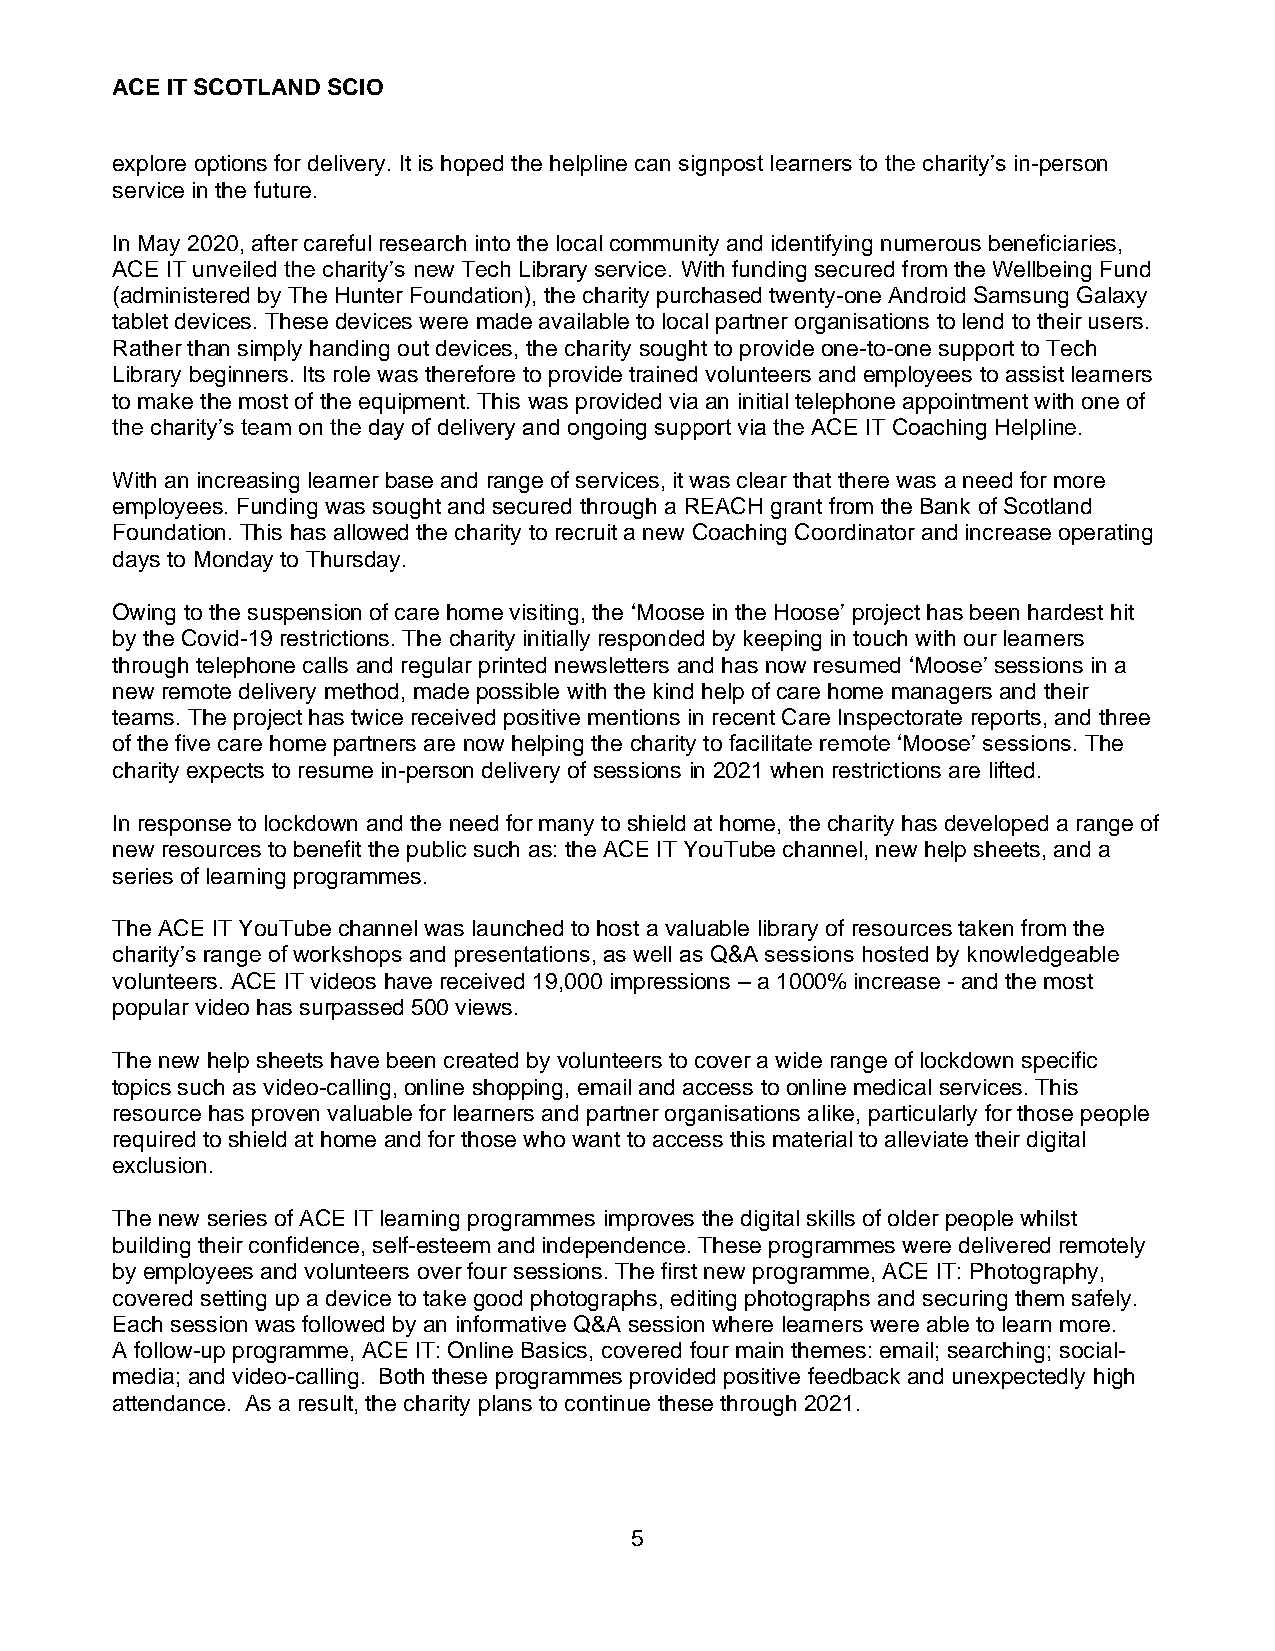
ACE IT SCOTLAND SCIO
 explore options for delivery. It is hoped the helpline can signpost learners to the charity’s in-person
 service in the future.
 In May 2020, after careful research into the local community and identifying numerous beneficiaries,
 ACE IT unveiled the charity’s new Tech Library service. With funding secured from the Wellbeing Fund
 (administered by The Hunter Foundation), the charity purchased twenty-one Android Samsung Galaxy
 tablet devices. These devices were made available to local partner organisations to lend to their users.
 Rather than simply handing out devices, the charity sought to provide one-to-one support to Tech
 Library beginners. Its role was therefore to provide trained volunteers and employees to assist learners
 to make the most of the equipment. This was provided via an initial telephone appointment with one of
 the charity’s team on the day of delivery and ongoing support via the ACE IT Coaching Helpline.
 With an increasing learner base and range of services, it was clear that there was a need for more
 employees. Funding was sought and secured through a REACH grant from the Bank of Scotland
 Foundation. This has allowed the charity to recruit a new Coaching Coordinator and increase operating
 days to Monday to Thursday.
 Owing to the suspension of care home visiting, the ‘Moose in the Hoose’ project has been hardest hit
 by the Covid-19 restrictions. The charity initially responded by keeping in touch with our learners
 through telephone calls and regular printed newsletters and has now resumed ‘Moose’ sessions in a
 new remote delivery method, made possible with the kind help of care home managers and their
 teams. The project has twice received positive mentions in recent Care Inspectorate reports, and three
 of the five care home partners are now helping the charity to facilitate remote ‘Moose’ sessions. The
 charity expects to resume in-person delivery of sessions in 2021 when restrictions are lifted.
 In response to lockdown and the need for many to shield at home, the charity has developed a range of
 new resources to benefit the public such as: the ACE IT YouTube channel, new help sheets, and a
 series of learning programmes.
 The ACE IT YouTube channel was launched to host a valuable library of resources taken from the
 charity’s range of workshops and presentations, as well as Q&A sessions hosted by knowledgeable
 volunteers. ACE IT videos have received 19,000 impressions – a 1000% increase - and the most
 popular video has surpassed 500 views.
 The new help sheets have been created by volunteers to cover a wide range of lockdown specific
 topics such as video-calling, online shopping, email and access to online medical services. This
 resource has proven valuable for learners and partner organisations alike, particularly for those people
 required to shield at home and for those who want to access this material to alleviate their digital
 exclusion.
 The new series of ACE IT learning programmes improves the digital skills of older people whilst
 building their confidence, self-esteem and independence. These programmes were delivered remotely
 by employees and volunteers over four sessions. The first new programme, ACE IT: Photography,
 covered setting up a device to take good photographs, editing photographs and securing them safely.
 Each session was followed by an informative Q&A session where learners were able to learn more.
 A follow-up programme, ACE IT: Online Basics, covered four main themes: email; searching; social-
 media; and video-calling. Both these programmes provided positive feedback and unexpectedly high
 attendance. As a result, the charity plans to continue these through 2021.
 5